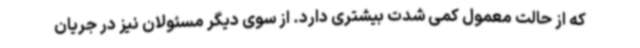
که از حالت معمول کمی شدت بیشتری دارد. از سوی دیگر مسئولان نیز در جریان